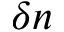
\delta n